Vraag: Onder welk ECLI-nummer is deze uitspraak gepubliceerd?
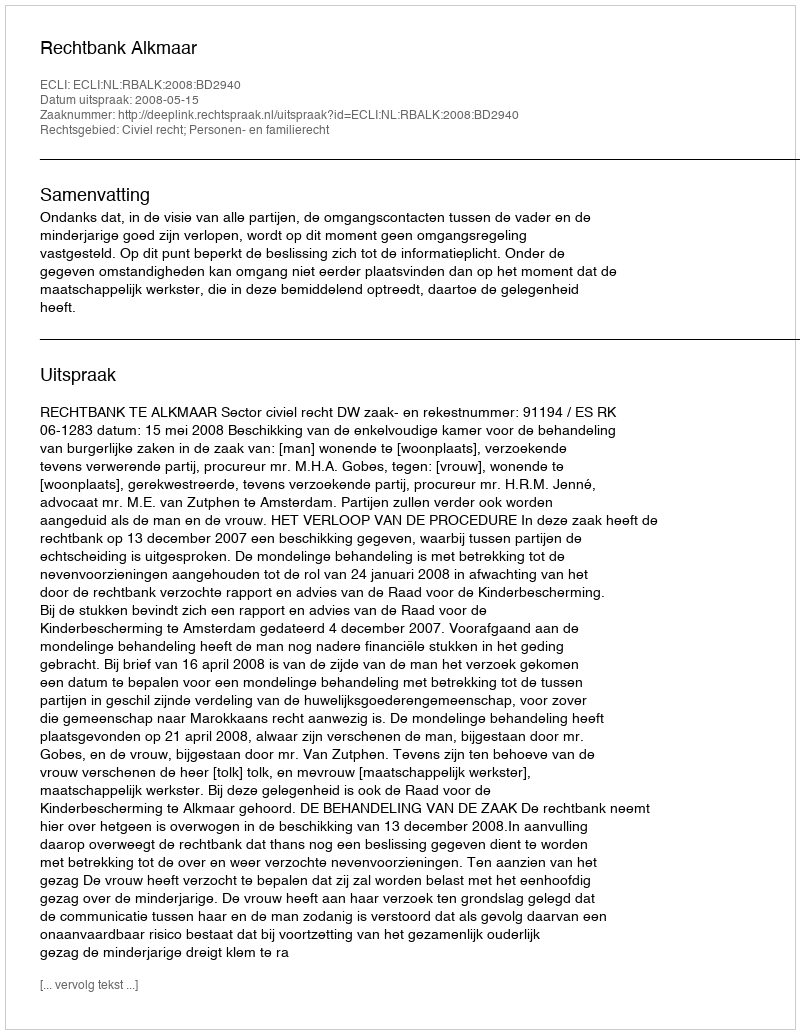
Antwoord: ECLI:NL:RBALK:2008:BD2940